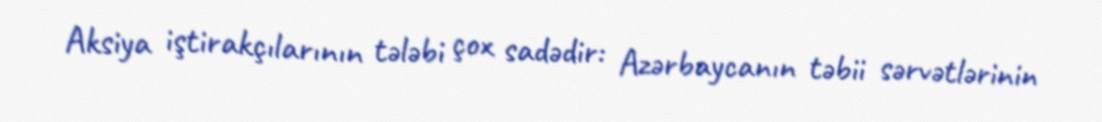
Aksiya iştirakçılarının tələbi çox sadədir: Azərbaycanın təbii sərvətlərinin